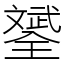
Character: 𣁦